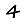
Digit: 4